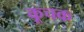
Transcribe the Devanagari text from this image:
कूचक